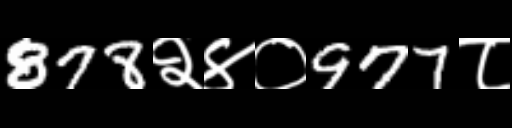
Text: 878२४०977८